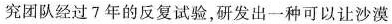
究团队经过7年的反复试验，研发出一种可以让沙漠